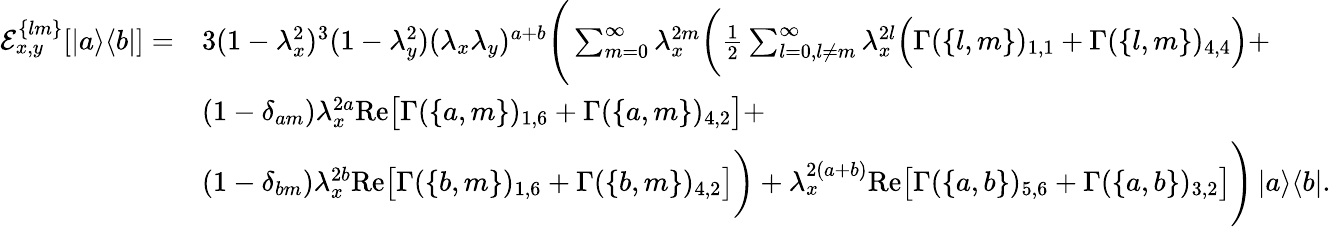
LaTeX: \begin{array}{rl}{\mathcal{E}_{x,y}^{\{ lm\} }[\left|a\middle>\middle<b\right|]=}&{3(1-\lambda_{x}^{2})^{3}(1-\lambda_{y}^{2})(\lambda_{x}\lambda_{y})^{a+b}\Bigg(\sum_{m=0}^{\infty}\lambda_{x}^{2m}\bigg(\frac{1}{2}\sum_{l=0,l\neq m}^{\infty}\lambda_{x}^{2l}\Big(\Gamma(\{ l,m\} )_{1,1}+\Gamma(\{ l,m\} )_{4,4}\Big)+}\\ &{(1-\delta_{am})\lambda_{x}^{2a}\mathrm{Re}\big[\Gamma(\{ a,m\} )_{1,6}+\Gamma(\{ a,m\} )_{4,2}\big]+}\\ &{(1-\delta_{bm})\lambda_{x}^{2b}\mathrm{Re}\big[\Gamma(\{ b,m\} )_{1,6}+\Gamma(\{ b,m\} )_{4,2}\big]\bigg)+\lambda_{x}^{2(a+b)}\mathrm{Re}\big[\Gamma(\{ a,b\} )_{5,6}+\Gamma(\{ a,b\} )_{3,2}\big]\Bigg)\left|a\middle>\middle<b\right|.}\end{array}